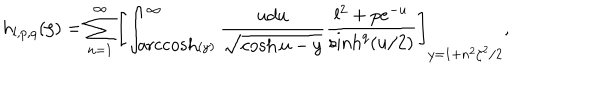
h _ { l , p , q } ( \zeta ) = \sum _ { n = 1 } ^ { \infty } \left[ \int _ { \mathrm { a r c c o s h } ( y ) } ^ { \infty } \frac { u d u } { \sqrt { \cosh u - y } } \frac { l ^ { 2 } + p e ^ { - u } } { \sinh ^ { q } ( u / 2 ) } \right] _ { y = 1 + n ^ { 2 } \zeta ^ { 2 } / 2 } ,